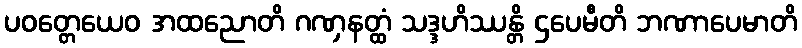
ပဝတ္တေယေဝ အထညောတိ ဂဏှနတ္ထံ သဒ္ဒဟိဿန္တိ ဌပေမီတိ ဘဏာပေမာတိ